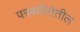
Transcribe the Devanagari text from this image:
पत्रकरितेतील